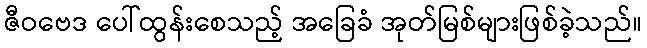
ဇီဝဗေဒ ပေါ်ထွန်းစေသည့် အခြေခံ အုတ်မြစ်များဖြစ်ခဲ့သည်။